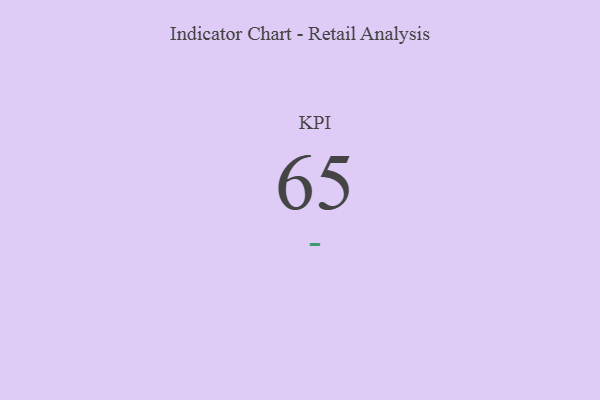
{"axis": {"x": "KPI", "y": "Value"}, "legend": [""], "data": [{"x": "KPI", "y": 65, "type": ""}]}